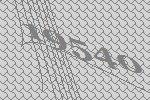
19540